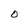
Character: O